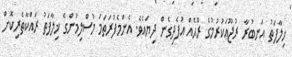
ޚިލާފަތު އަނބުރާ ރުޖޫޢަކުރުމުގެ ރޫޙެއް އުފެދިގެން ދިޔައެވެ. އެންމެފުރަތަމަ މުސްލިމުންގެ ޚިލާފަތު ރައްކާތެރިކޮށް